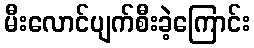
မီးလောင်ပျက်စီးခဲ့ကြောင်း